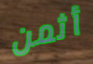
أثمن